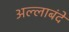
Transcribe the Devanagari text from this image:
अल्लाबंदे